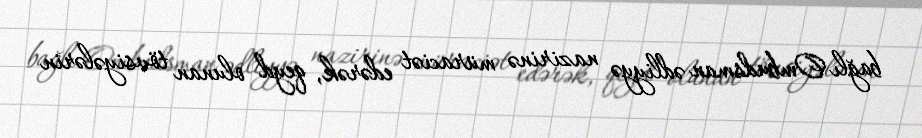
bağlı Ombudsman ədliyyə nazirinə müraciət edərək, qeyd olunan tövsiyələrin